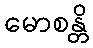
မောစန္တိ